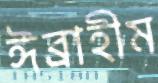
ঈব্রাহীম